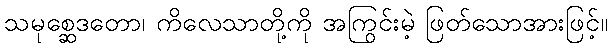
သမုစ္ဆေဒတော၊ ကိလေသာတို့ကို အကြွင်းမဲ့ ဖြတ်သောအားဖြင့်။